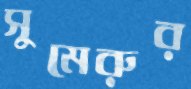
সুমেরুর